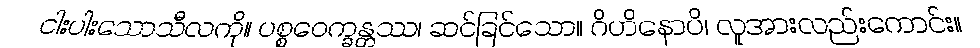
ငါးပါးသောသီလကို။ ပစ္စဝေက္ခန္တဿ၊ ဆင်ခြင်သော။ ဂိဟိနောပိ၊ လူအားလည်းကောင်း။